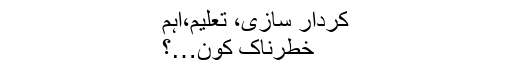
کردار سازی، تعلیم،اہم
خطرناک کون…؟